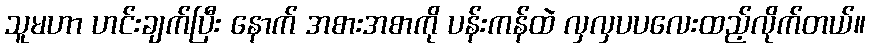
သူမဟာ ဟင်းချက်ပြီး နောက် အစားအစာကို ပန်းကန်ထဲ လှလှပပလေးထည့်လိုက်တယ်။